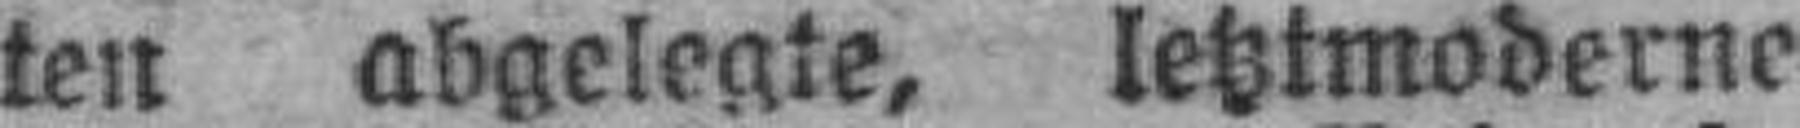
ten abgelegte, letztmoderne